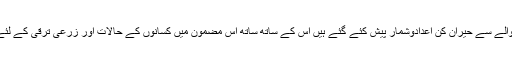
زاہد بیگ کے مضمون میں پاکستان کے زرعی شعبے کے حوالے سے حیران کن اعدادوشمار پیش کئے گئے ہیں اس کے ساتھ ساتھ اس مضمون میں کسانوں کے حالات اور زرعی ترقی کے لئے ٹیکنالوجی کے استعمال کی اشد ضرورت پرزور دیا گیاہے۔